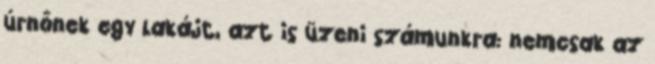
úrnőnek egy lakájt, azt is üzeni számunkra: nemcsak az